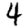
Digit: 4